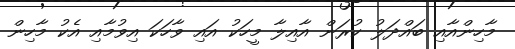
މާހިންއާއި ބައްދަލު ކުރަން އާއިލާ މީހަކު އައި ވާހަކަ އިވުމާއި އެކު މާހިން